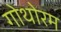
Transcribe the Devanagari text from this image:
गोथोरम